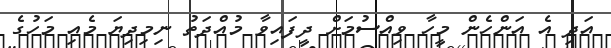
އަދި އެ އަންހެން މީހާ ވިއްސުމަށް ދީފައިވާ މުއްދަތު ނިމިދިޔަ މެއި މަހުގެ